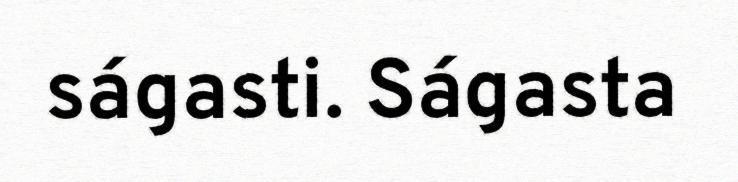
ságasti. Ságasta